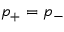
p _ { + } = p _ { - }